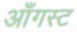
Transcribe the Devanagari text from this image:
आँगस्ट